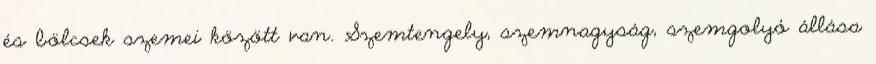
és bölcsek szemei között van. Szemtengely, szemnagyság, szemgolyó állása